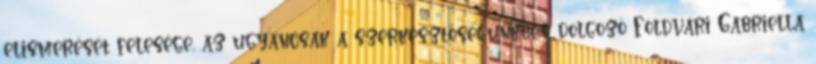
elismerését felesége, az ugyancsak a szerkesztőségünkben dolgozó Földvári Gabriella